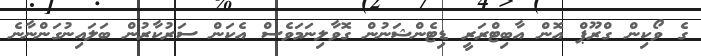
ގެ ވޯކިން ގްރޫޕް އޮން އާބިޓްރަރީ ޑިޓެންޝަނުން ގޮވާލިނަމަވެސް އެކަން ސަރުކާރުން ބަލައިނުގަންނާނެ